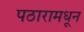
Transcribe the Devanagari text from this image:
पठारामधून